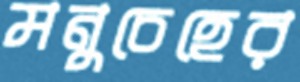
মনুচেহের